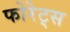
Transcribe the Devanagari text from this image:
फोरेट्स